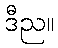
ဒီည။